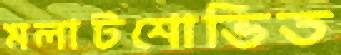
মলাটশোভিত